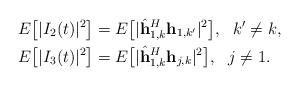
LaTeX: \begin{align*}E\big[|I_2(t)|^2\big] & = E\big[|\hat{\textbf{h}}~\!\!^{H}_{1,k} \textbf{h}_{1,k'}|^2\big],~~ k' \neq k, \\E\big[|I_3(t)|^2\big] & = E\big[|\hat{\textbf{h}}~\!\!^{H}_{1,k} \textbf{h}_{j,k}|^2\big],~~ j \neq 1.\end{align*}